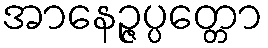
အာနေဉ္ဇပ္ပတ္တော